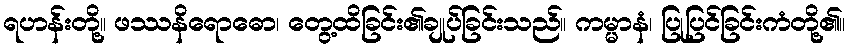
ရဟန်းတို့။ ဖဿနိရောဓော၊ တွေ့ထိခြင်း၏ချုပ်ခြင်းသည်။ ကမ္မာနံ၊ ပြုပြင်ခြင်းကံတို့၏။